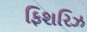
ફિશરિઝ